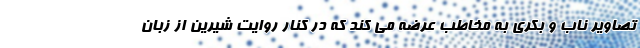
تصاویر ناب و بکری به مخاطب عرضه می کند که در کنار روایت شیرین از زبان